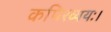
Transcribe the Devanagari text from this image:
कपिरव्ययः।